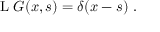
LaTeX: \operatorname { L } \, G ( x , s ) = \delta ( x - s ) ~ .